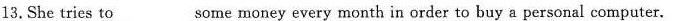
13. She tries to ___ some money every month in order to buy a personal computer.